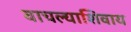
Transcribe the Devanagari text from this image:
वाचल्याशिवाय